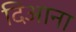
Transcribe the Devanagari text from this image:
दिआना